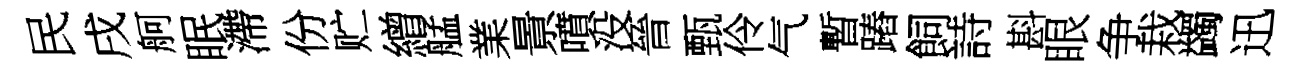
民戌舸眠滯份贮繒艋業㬌噴没晉甄伶气暫蹖飼詩斟眼争栽蠲迅